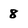
Character: 8